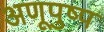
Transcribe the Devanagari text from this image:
अणूपुष्प